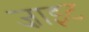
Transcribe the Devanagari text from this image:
ज़ाइट